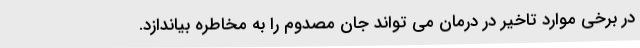
در برخی موارد تاخیر در درمان می تواند جان مصدوم را به مخاطره بیاندازد.